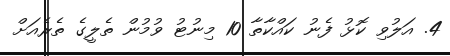
4. އަލުވި ކޮޅު ފެނު ކައްކާތާ 10 މިނުޓު ވުމުން ތެލީގެ ތެރެއަށް